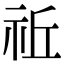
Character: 𥙂